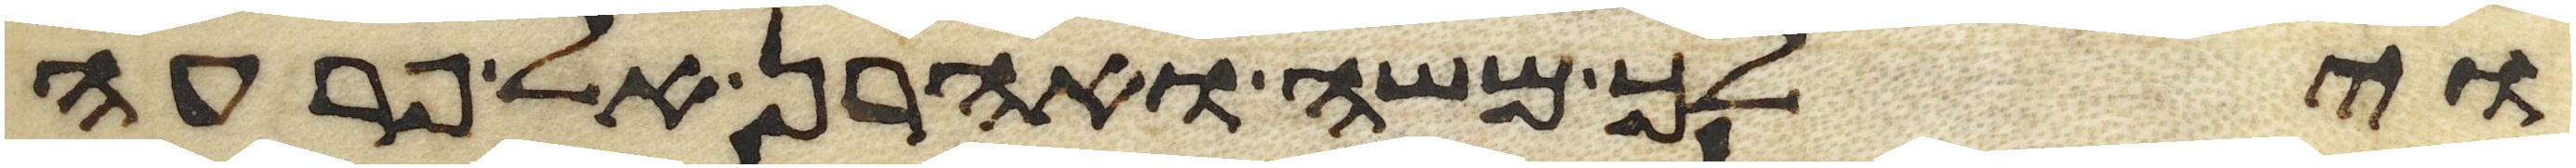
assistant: וילך משה ואהרן אל פרעה